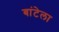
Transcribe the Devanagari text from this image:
बांटेला